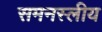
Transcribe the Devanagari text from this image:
समनस्लीय